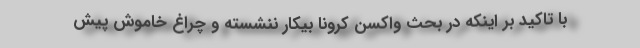
با تاکید بر اینکه در بحث واکسن کرونا بیکار ننشسته و چراغ خاموش پیش